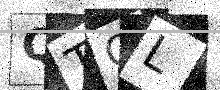
Text: QTQL